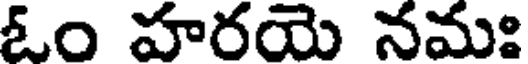
ఓం హరయె నమః